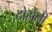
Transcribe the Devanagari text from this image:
दोर्हानी